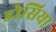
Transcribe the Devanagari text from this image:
डोसिया